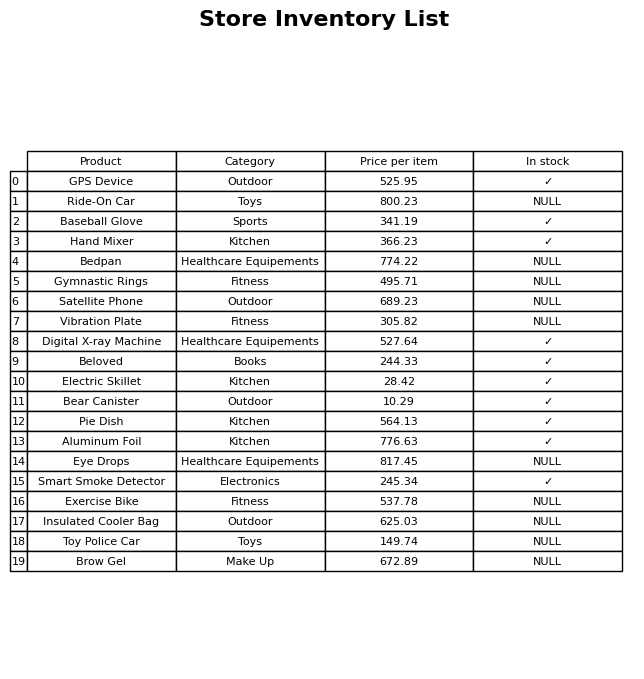
question: What is the price for Bear Canister?
answer: The price of Bear Canister is 10.29.